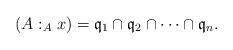
LaTeX: \begin{align*} (A:_A x) &= \mathfrak{q}_1\cap \mathfrak{q}_2\cap\cdots\cap \mathfrak{q}_n. \end{align*}